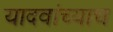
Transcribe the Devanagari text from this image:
यादवांच्याच